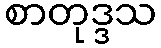
စာတုဒ္ဒသ